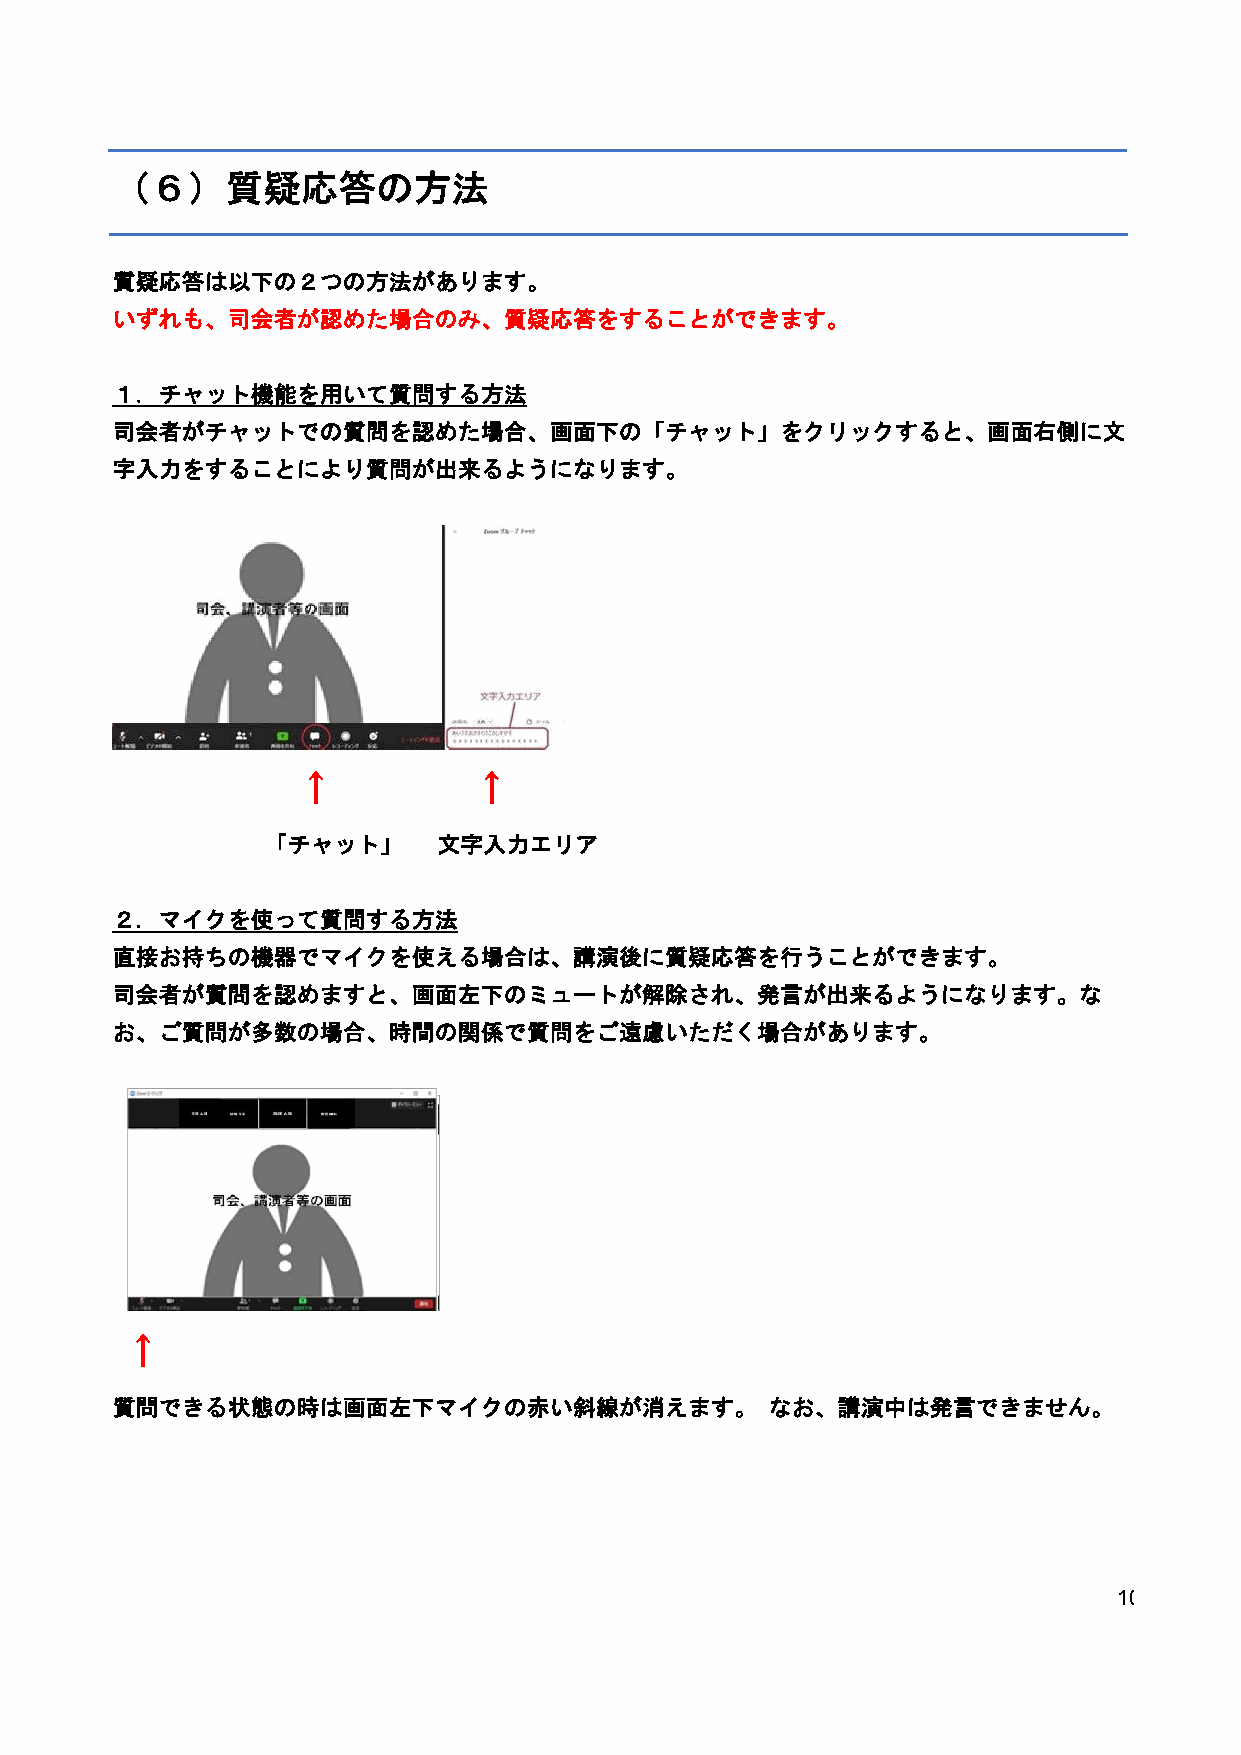
（６）質疑応答の方法
 質疑応答は以下の２つの方法があります。
 いずれも、司会者が認めた場合のみ、質疑応答をすることができます。
 １．チャット機能を用いて質問する方法
 司会者がチャットでの質問を認めた場合、画面下の「チャット」をクリックすると、画面右側に文
 字入力をすることにより質問が出来るようになります。
 ↑          ↑
 「チャット」     文字入力エリア
 ２．マイクを使って質問する方法
 直接お持ちの機器でマイクを使える場合は、講演後に質疑応答を行うことができます。
 司会者が質問を認めますと、画面左下のミュートが解除され、発言が出来るようになります。な
 お、ご質問が多数の場合、時間の関係で質問をご遠慮いただく場合があります。
 ↑
 質問できる状態の時は画面左下マイクの赤い斜線が消えます。                なお、講演中は発言できません。
 10